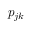
p _ { j k }